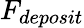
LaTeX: F_{deposit}